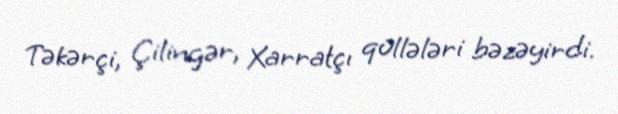
Təkərçi, Çilingər, Xarratçı qüllələri bəzəyirdi.